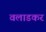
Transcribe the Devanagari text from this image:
वलाडकर